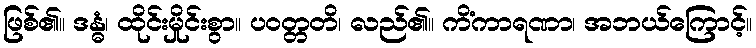
ဖြစ်၏။ ဒန္ဓံ၊ ထိုင်းမှိုင်းစွာ။ ပဝတ္တတိ၊ လည်၏။ ကိံကာရဏာ၊ အဘယ်ကြောင့်။